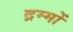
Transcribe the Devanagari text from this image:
द्रम्मों